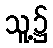
သူ့၌